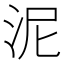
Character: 泥